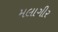
મલાગીર